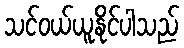
သင်ဝယ်ယူနိုင်ပါသည်